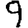
Digit: 9